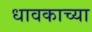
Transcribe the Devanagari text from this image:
धावकाच्या